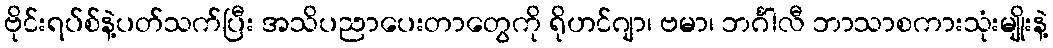
ဗိုင်းရပ်စ်နဲ့ပတ်သက်ပြီး အသိပညာပေးတာတွေကို ရိုဟင်ဂျာ၊ ဗမာ၊ ဘင်္ဂါလီ ဘာသာစကားသုံးမျိုးနဲ့